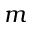
m